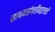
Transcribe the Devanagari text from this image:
साधनसंपत्तीबद्दलची